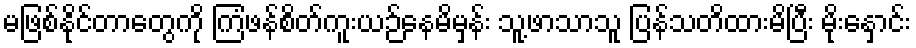
မဖြစ်နိုင်တာတွေကို ကြံဖန်စိတ်ကူးယဉ်နေမိမှန်း သူ့ဖာသာသူ ပြန်သတိထားမိပြီး မိုးနှောင်း